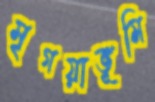
মৃগয়াভূমি